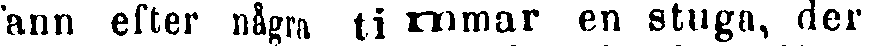
ann efter några timmar en stuga, der